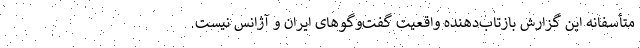
متأسفانه این گزارش بازتاب‌دهنده واقعیت گفت‌وگوهای ایران و آژانس نیست.